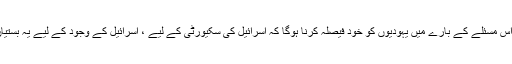
وہ کہتے ہیں’’اس مسئلے کے بارے میں یہودیوں کو خود فیصلہ کرنا ہوگا کہ اسرائیل کی سکیورٹی کے لیے ، اسرائیل کے وجود کے لیے یہ بستیاں کتنی اہم ہیں۔